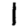
Digit: 1